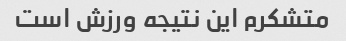
متشکرم این نتیجه ورزش است